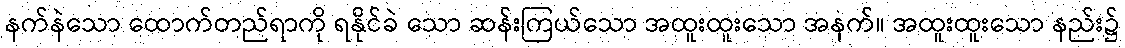
နက်နဲသော ထောက်တည်ရာကို ရနိုင်ခဲ သော ဆန်းကြယ်သော အထူးထူးသော အနက်။ အထူးထူးသော နည်း၌